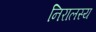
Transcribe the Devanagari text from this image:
निरालस्य